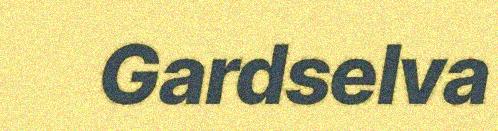
Gardselva